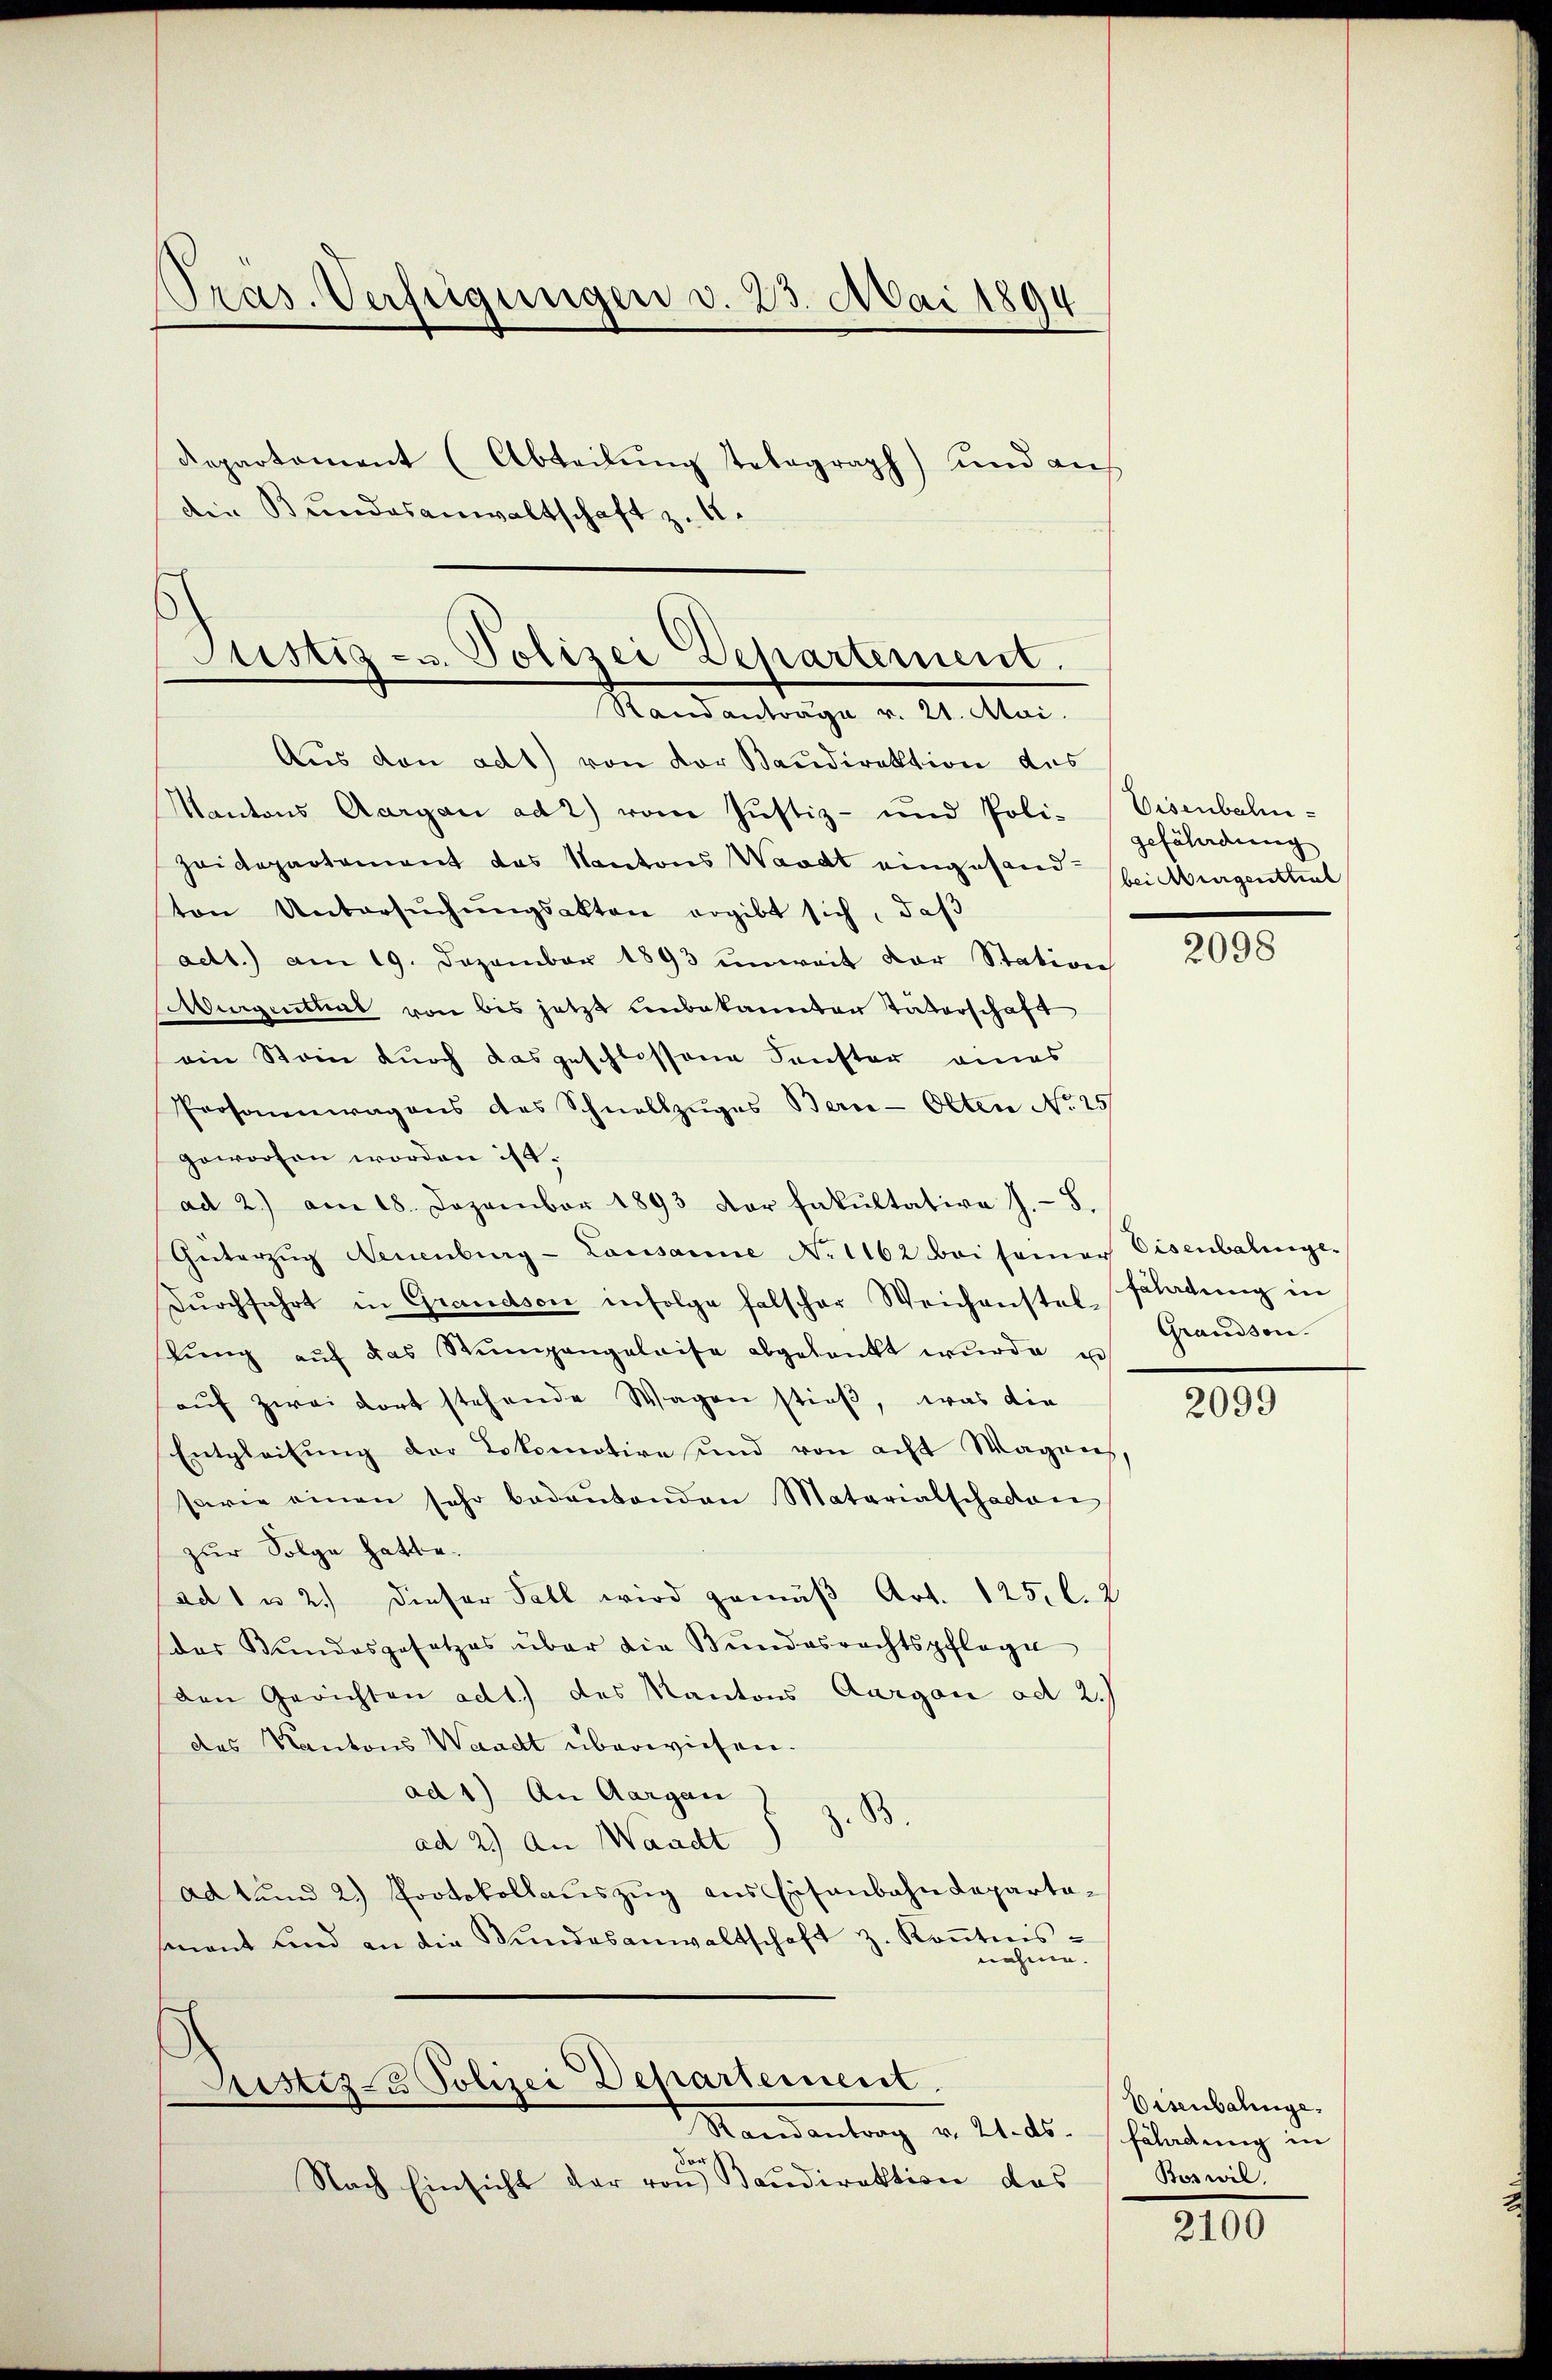
Pras. Verfügungen v. 23. Mai 1894

Departement (Abteilung telegraph) und auf
die Bundesanwaltschaft z. 4.

Justiz- u. Polizei Departement.
Randantrage v. 21. Mai.

Aus den ad1) von der Baudirektion des
Kantons Aargau ad 2) vom Justiz- und Poli-Eisenbahn-
Heidepartement das Kantons Waadt eingesand-Heiburgenthiel
ton Untersŭchŭngsakten ergibt sich, daβ
ad1.) am 19. Dezember 1893 unweit der Station
Augenthal von bis jetzt unbekannten Vaterschaft
ein Stein durch das geschlossene Fenster eines
Prosonenwagens des Schnellzuges Bern-Olten No 25
geworfen worden ist.
ad 2.) am 18. Dezember 1893 der fakultative J.- 8.
Güterzŭg Neuenburg-Lausanne No 1162 bei samer Eisenbalinge-
Dŭrchfahrt in Grandson infolge falscher Weichenstes Fladŭng in
lŭng aŭf das Nŭmgangeleise abgedankt wŭrde u
aŭf zwei dort stehende Wagen stieß, was die
Entgleitung der Lokomotive und von acht Wagens,
sarie einen sehr bedeŭtenden Materialschaden
zur Folge hatte.
ad 1 u 2.) dieser Fall wird gemäß Art. 125. l. 2
das Bŭndesgesetzes über die Bŭndesrechtspflege
den Gerichten ad1.) des Kantons Aargau ad 2.)
des Kantons Waadt überwiesen.
ad 1) An Aargau)
B
ad 2) An Waadt
ad und 2) Protokollauszug aus Eisenbahndepartamant und an die Bŭndesanwaltschaft z. Kontreisnehme.
Justiz- & Polizei Departement
—
Randantrag v. 21. ds. Frladung in
Bor
Nach Einsicht der von Baudirektion das

gefährdung

2098

Grandson.

2099

Eisenbahnge
Boswil.

2100